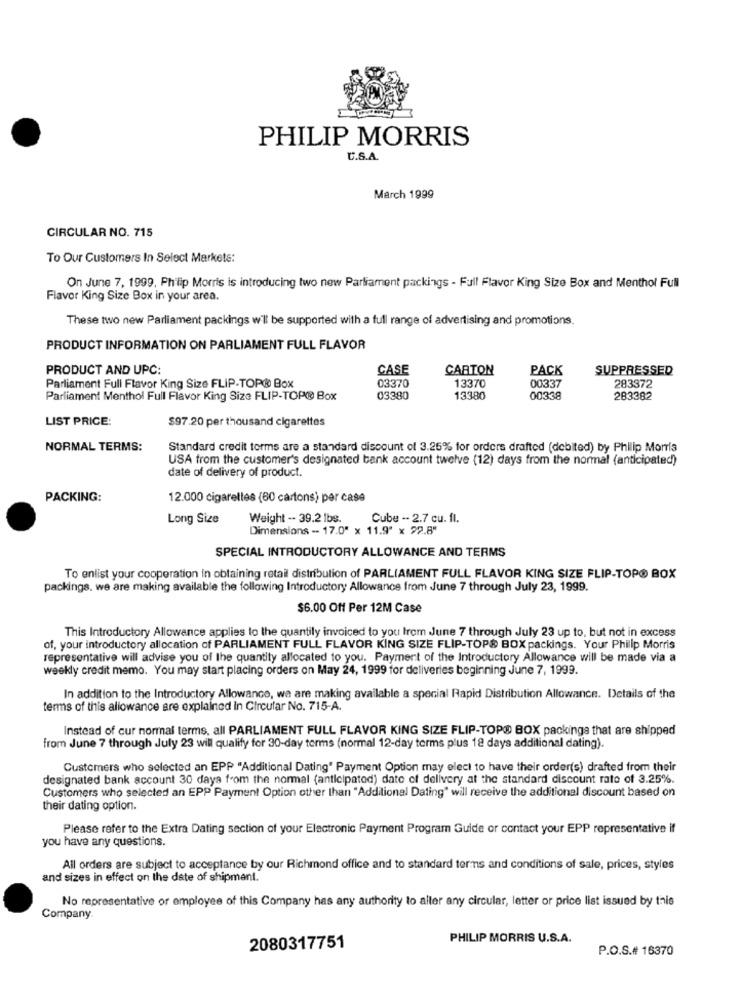
PHILIP MORRIS
C.S.A.
March 1999
CIRCULAR NO. 715
To Our Customers In Select Markets:
On June 7, 1999, Philip Morris is introducing two new Parliament packings - Full Flavor King Size Box and Menthol Full
Flavor King Size Box in your area.
These two new Parliament packings will be supported with a full range of advertising and promotions.
PRODUCT INFORMATION ON PARLIAMENT FULL FLAVOR
PRODUCT AND UPC:
CASE
CARTON
PACK
SUPPRESSED
Parliament Full Flavor King Size FLIP-TOP® Box
283372
03370
13370
00337
Parliament Menthol Full Flavor King Size FLIP-TOPO Box
03380
13380
00338
283382
LIST PRICE:
$97.20 per thousand cigarettes
NORMAL TERMS:
Standard credit torms are a standard discount of 3.25% for orders drafted (debited) by Philip Morris
USA from the customer's designated bank account twelve (12) days from the normal (anticipated)
date of delivery of product.
PACKING:
12.000 cigarelles (60 cartons) per case
Long Size
Weight -- 39.2 lbs.
Cube -- 2.7 cu. fl.
Dimensions - 17.0" x 11.9" x 29.8"
SPECIAL INTRODUCTORY ALLOWANCE AND TERMS
To enlist your cooperation in obtaining retail distribution of PARLIAMENT FULL FLAVOR KING SIZE FLIP-TOPO BOX
packings. we are making available the following Introductory Allowance from June 7 through July 23, 1999.
$6.00 Off Per 12M Case
This Introductory Allowance applies to the quantily invoiced to you from June 7 through July 23 up to, but not in excess
of, your introductory allocation of PARLIAMENT FULL FLAVOR KING SIZE FLIP-TOPS BOX packings. Your Philip Morris
representative will advise you of the quantity allocated to you. Payment of the Introductory Allowance will be made via a
weekly credit memo. You may start placing orders on May 24, 1999 for deliveries beginning June 7, 1999.
In addition to the Introductory Allowance, we are making available a special Rapid Distribution Allowance. Details of the
terms of this allowance are explained in Circular No. 715-A.
Instead of cur normal terms, all PARLIAMENT FULL FLAVOR KING SIZE FLIP-TOPO BOX packinga that are shipped
from June 7 through July 23 will qualify for 30-day terms (normal 12-day terms plus 18 days additional dating).
Customers who selected an EPP "Additional Dating" Payment Option may elect to have their order(s) drafted from their
designated bank account 30 days from the normal (anticipated) date of delivery at the standard discount rate of 3.25%.
Customers who selected an EPP Payment Option other than "Additional Dating" will receive the additional discount based on
their dating option.
Please refer to the Extra Dating section of your Electronic Payment Program Guide or contact your EPP representative if
you have any questions.
All orders are subject to acceptance by our Richmond office and to standard terms and conditions of sale, prices, styles
and sizes in effect on the date of shipment.
No representative or employee of this Company has any authority to aller any circular, letter or price list issued by this
Company
PHILIP MORRIS U.S.A.
2080317751
P.O.S.# 16370